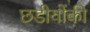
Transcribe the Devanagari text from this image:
छडीयोंकी